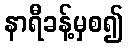
နာရီခန့်မှစ၍